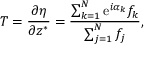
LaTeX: T = { \frac { \partial \eta } { \partial z ^ { * } } } = { \frac { \sum _ { k = 1 } ^ { N } \mathrm { e } ^ { i \alpha _ { k } } f _ { k } } { \sum _ { j = 1 } ^ { N } f _ { j } } } ,